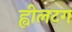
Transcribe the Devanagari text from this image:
ह्वीलटग